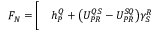
\begin{array} { r l } { F _ { N } = \bigg [ } & { { } h _ { P } ^ { Q } + \big ( U _ { P R } ^ { Q S } - U _ { P R } ^ { S Q } \big ) \gamma _ { S } ^ { R } } \end{array}